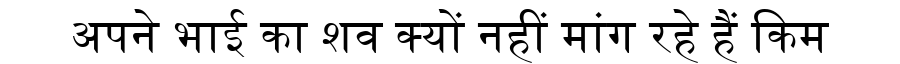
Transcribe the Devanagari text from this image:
अपने भाई का शव क्यों नहीं मांग रहे हैं किम